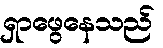
ရှာဖွေနေသည်